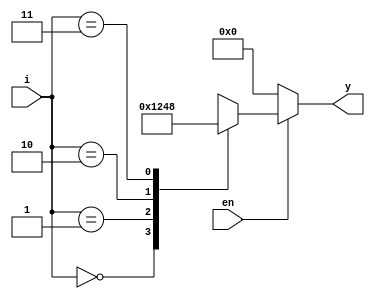
module dec2x4(output reg[3:0]y,input [1:0]i,input en);

always@(*)
begin
if(!en)
y=4'b0000;
else
case(i)
2'b00:y=4'b0001;
2'b01:y=4'b0010;
2'b10:y=4'b0100;
2'b11:y=4'b1000;
default:y='bx;
endcase
end
endmodule